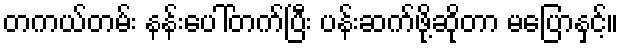
တကယ်တမ်း နန်းပေါ်တက်ပြီး ပန်းဆက်ဖို့ဆိုတာ မပြောနှင့်။